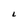
Character: L